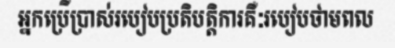
អ្នកប្រើប្រាស់របៀបប្រតិបត្តិការគឺៈរបៀបថាមពល